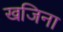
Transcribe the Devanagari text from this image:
खजिना